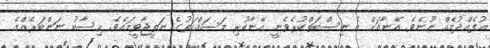
އުފެއްދުމެއް ނޫނެވެ. އޭނާއަށް އެ ނިސްބަތްކުރެވެނީ އޭނާކުރި މަސައްކަތުގެ ނަތީޖާވީމައެވެ. ޙިސާބު ނަންބަރެއްގެ